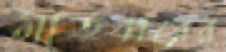
মাতব্বরের